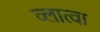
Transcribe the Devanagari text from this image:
व्लात्वा